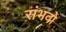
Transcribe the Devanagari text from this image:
संभवो